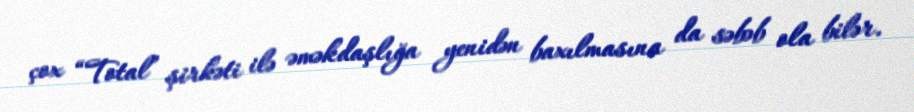
çox “Total” şirkəti ilə əməkdaşlığa yenidən baxılmasına da səbəb ola bilər.